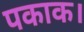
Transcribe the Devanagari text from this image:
पकाक।